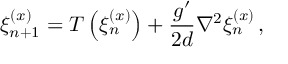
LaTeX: \xi _ { n + 1 } ^ { ( x ) } = T \left( \xi _ { n } ^ { ( x ) } \right) + \frac { g ^ { \prime } } { 2 d } \nabla ^ { 2 } \xi _ { n } ^ { ( x ) } \, ,